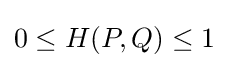
0\leq H(P,Q)\leq 1